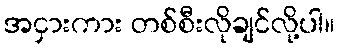
အငှားကား တစ်စီးလိုချင်လို့ပါ။